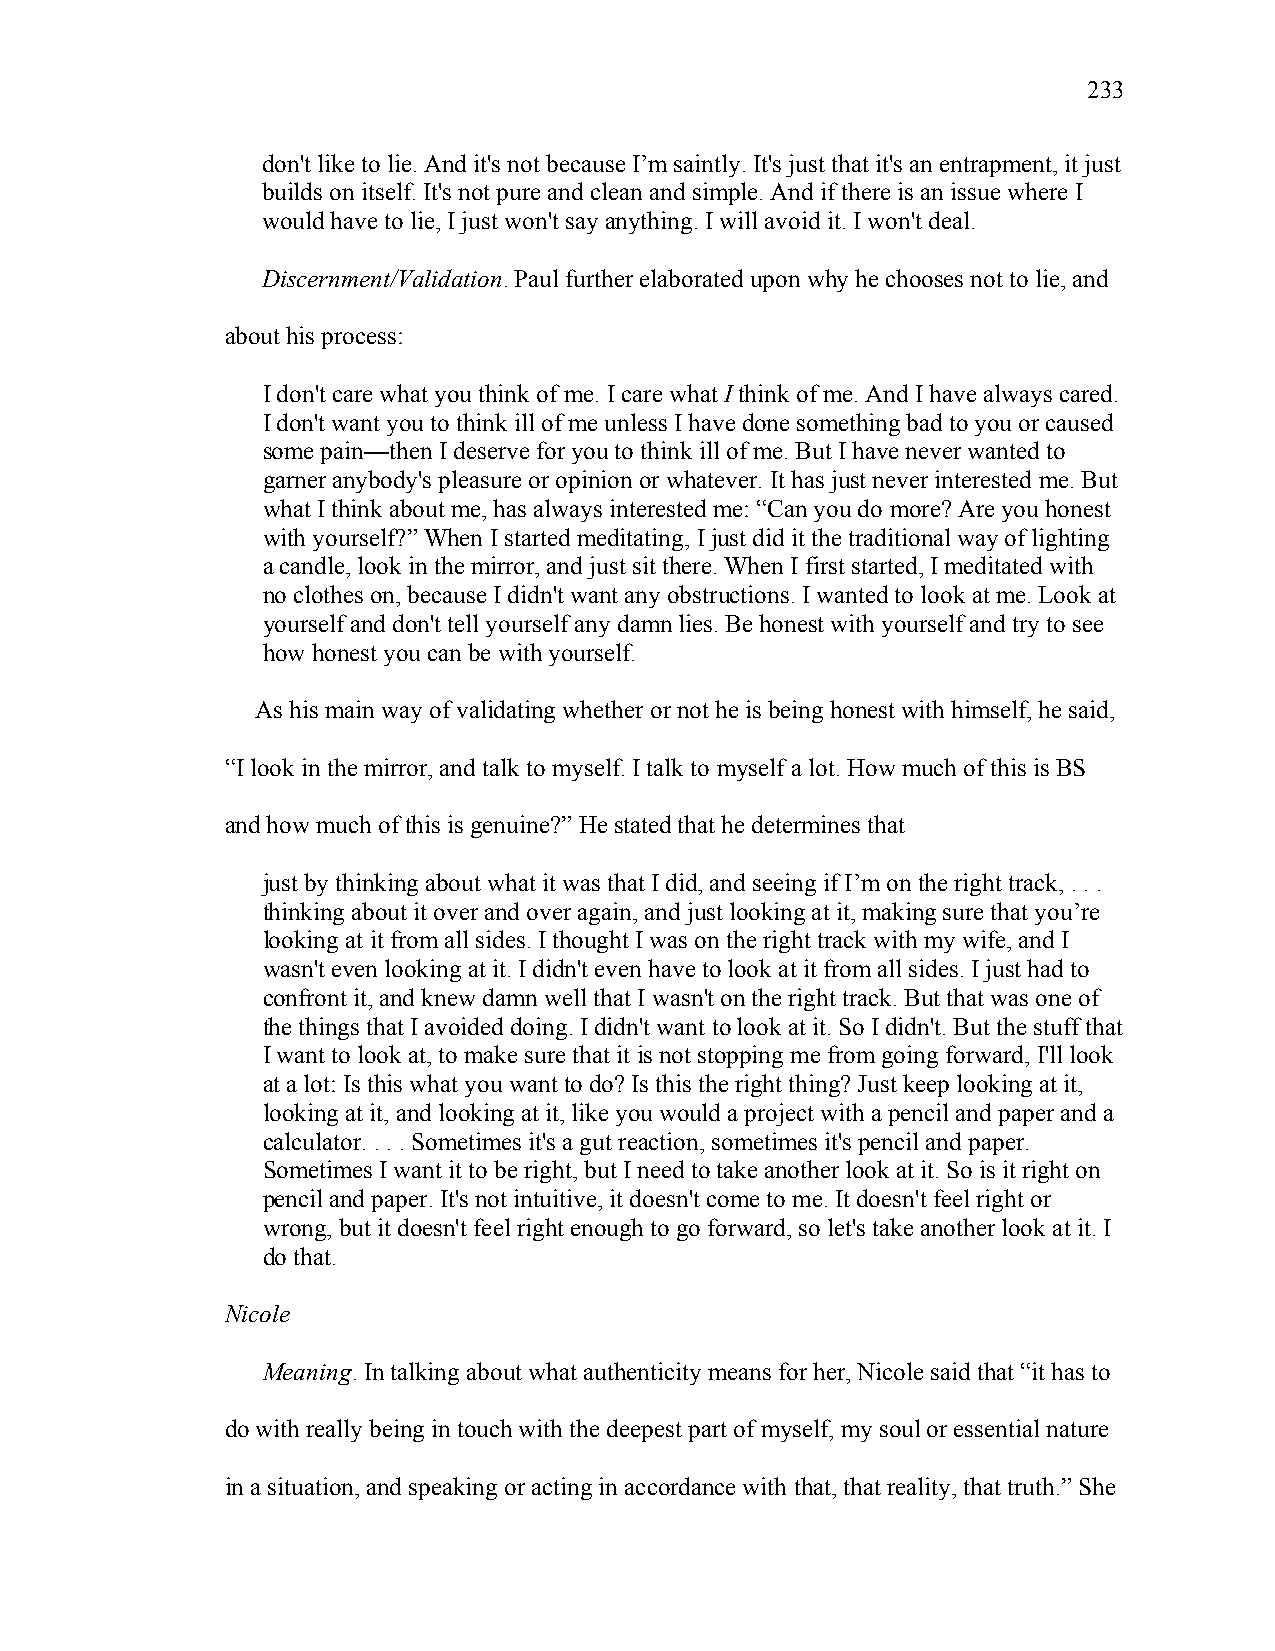
233
 don't like to lie. And it's not because I’m saintly. It's just that it's an entrapment, it just
 builds on itself. It's not pure and clean and simple. And if there is an issue where I
 would have to lie, I just won't say anything. I will avoid it. I won't deal.
 Discernment/Validation. Paul further elaborated upon why he chooses not to lie, and
 about his process:
 I don't care what you think of me. I care what I think of me. And I have always cared.
 I don't want you to think ill of me unless I have done something bad to you or caused
 some pain—then I deserve for you to think ill of me. But I have never wanted to
 garner anybody's pleasure or opinion or whatever. It has just never interested me. But
 what I think about me, has always interested me: “Can you do more? Are you honest
 with yourself?” When I started meditating, I just did it the traditional way of lighting
 a candle, look in the mirror, and just sit there. When I first started, I meditated with
 no clothes on, because I didn't want any obstructions. I wanted to look at me. Look at
 yourself and don't tell yourself any damn lies. Be honest with yourself and try to see
 how honest you can be with yourself.
 As his main way of validating whether or not he is being honest with himself, he said,
 “I look in the mirror, and talk to myself. I talk to myself a lot. How much of this is BS
 and how much of this is genuine?” He stated that he determines that
 just by thinking about what it was that I did, and seeing if I’m on the right track, . . .
 thinking about it over and over again, and just looking at it, making sure that you’re
 looking at it from all sides. I thought I was on the right track with my wife, and I
 wasn't even looking at it. I didn't even have to look at it from all sides. I just had to
 confront it, and knew damn well that I wasn't on the right track. But that was one of
 the things that I avoided doing. I didn't want to look at it. So I didn't. But the stuff that
 I want to look at, to make sure that it is not stopping me from going forward, I'll look
 at a lot: Is this what you want to do? Is this the right thing? Just keep looking at it,
 looking at it, and looking at it, like you would a project with a pencil and paper and a
 calculator. . . . Sometimes it's a gut reaction, sometimes it's pencil and paper.
 Sometimes I want it to be right, but I need to take another look at it. So is it right on
 pencil and paper. It's not intuitive, it doesn't come to me. It doesn't feel right or
 wrong, but it doesn't feel right enough to go forward, so let's take another look at it. I
 do that.
 Nicole
 Meaning. In talking about what authenticity means for her, Nicole said that “it has to
 do with really being in touch with the deepest part of myself, my soul or essential nature
 in a situation, and speaking or acting in accordance with that, that reality, that truth.” She